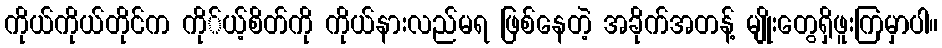
ကိုယ်ကိုယ်တိုင်က ကို်ယ့်စိတ်ကို ကိုယ်နားလည်မရ ဖြစ်နေတဲ့ အခိုက်အတန့် မျိုးတွေရှိဖူးကြမှာပါ။